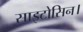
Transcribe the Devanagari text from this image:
साइटोसिन।